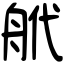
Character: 𦨮